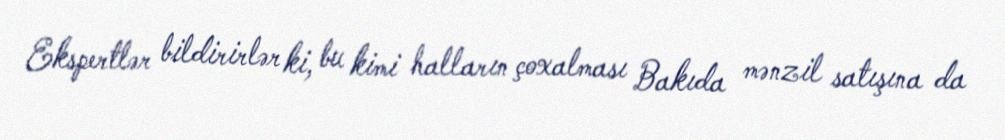
Ekspertlər bildirirlər ki, bu kimi halların çoxalması Bakıda mənzil satışına da